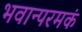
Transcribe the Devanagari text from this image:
भवान्परमकं